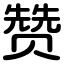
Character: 赞